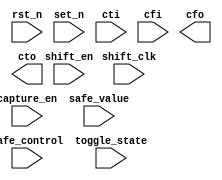
////////////////////////////////////////////////////////////////////////////////
//
//       This confidential and proprietary software may be used only
//     as authorized by a licensing agreement from Synopsys Inc.
//     In the event of publication, the following notice is applicable:
//
//                    (C) COPYRIGHT 2002 - 2016 SYNOPSYS INC.
//                           ALL RIGHTS RESERVED
//
//       The entire notice above must be reproduced on all authorized
//     copies.
//
//
// VERSION:   Verilog Simulation Model
//
// DesignWare_version: cd642ea0
// DesignWare_release: K-2015.06-DWBB_201506.5.2
//
////////////////////////////////////////////////////////////////////////////////
//---------------------------------------------------------------------------
//
// ABSTRACT:  Boundary Scan Cell Type WC_D1_S
//
//  Input Parameters:   value   Description
//  =========== 	====    ===========
//  rst_mode            0 to 3  0 - FFs have no set or reset
//                              1 - FFs with reset
//                              2 - FFs with set
//                              3 - FFs with both set and reset
//              
//
//  Input Ports:   	Size    Description
//  =========== 	====    ===========
//  shift_clk           1 bit   shift clock

//  rst_n               1 bit   active low reset
//  set_n               1 bit   sactive low set      
//  shift_en            1 bit   shift enable
//  capture_en          1 bit   Capture enable
//  safe_control        1 bit   Safe control
    
//  safe_value          1 bit   Safe value  
//  cfi                 1 bit    
//  cti                 1 bit    
//  
//  Output Ports    	Size    Description
//  ============	====    ===========
//  cfo                 1 bit
//  cto             	1 bit    
//              
//  New Inputs     	Size    Description
//  ==========  	====    ===========
//  toggle_state        1 bit
//              
//
//
// MODIFIED: 
//           RPH        01/20/2003
//                      STAR 159349. This cell was requested by Toshiba
//                      as an enhancement to the existing wrapper cells
//                      supported by core_wraper. Toshiba's reason for
//                      requesting this cell was due to an inability to
//                      test the cfi to cfo path in the old cell during
//                      test mode.
//
//	RJK	6/22/2011
//		Added new port as defined by DFT team
//
//      LMSU    02/03/2016 
//              Eliminated function calling from sequential always block in
//              order for NLP tool to correctly infer FFs
//---------------------------------------------------------------------------  
   
module DW_wc_d1_s (shift_clk, rst_n, set_n, shift_en, capture_en, safe_control, 
		   safe_value, cti, cfi, cfo, cto, toggle_state );
   parameter rst_mode = 0;
   
   input  shift_clk;

   input  rst_n;
   input  set_n;
   
   input  shift_en;
   input  capture_en;
   input  safe_control;
   input  safe_value;
   input  cti;
   input  cfi;
   
   output cfo;
   output cto;

   input toggle_state;

   // synopsys translate_off

   reg 	  temp_cto;
   wire	  temp_cfo;

   assign temp_cfo = (safe_control==1'b1)? (safe_value | (safe_value ^ safe_value)) :
			(capture_en==1'b1)? temp_cto : (cfi | (cfi ^ cfi));

   assign cto = temp_cto;
   assign cfo = temp_cfo;

   generate if (rst_mode==0) begin : GEN_RM_EQ_0
     always @(posedge shift_clk) begin : SHIFT_PROC
       if (shift_en === 1'b1)
         temp_cto <= (cti | (cti ^ cti));
       else if (shift_en === 1'b0)
         temp_cto <= temp_cfo ^ toggle_state;
       else
         temp_cto <= 1'bX;
     end // block: SHIFT_PROC
   end endgenerate

   generate if (rst_mode==1) begin : GEN_RM_EQ_1
     always @(posedge shift_clk or negedge rst_n) begin : SHIFT_PROC
       if (rst_n === 1'b0)
         temp_cto <= 1'b0;
       else begin
         if (shift_en === 1'b1)
           temp_cto <= (cti | (cti ^ cti));
         else if (shift_en === 1'b0)
           temp_cto <= temp_cfo ^ toggle_state;
         else
           temp_cto <= 1'bX;
       end
     end // block: SHIFT_PROC
   end endgenerate

   generate if (rst_mode==2) begin : GEN_RM_EQ_2
     always @(posedge shift_clk or negedge set_n) begin : SHIFT_PROC
       if (set_n === 1'b0)
         temp_cto <= 1'b1;
       else begin
         if (shift_en === 1'b1)
           temp_cto <= (cti | (cti ^ cti));
         else if (shift_en === 1'b0)
           temp_cto <= temp_cfo ^ toggle_state;
         else
           temp_cto <= 1'bX;
       end
     end // block: SHIFT_PROC
   end endgenerate

   generate if (rst_mode==3) begin : GEN_RM_EQ_3
     // chkSEQver-pragma allow_3_triggers
     always @(posedge shift_clk or negedge rst_n or negedge set_n) begin : SHIFT_PROC
       if (rst_n === 1'b0)
         temp_cto <= 1'b0;
       else if (set_n === 1'b0)
         temp_cto <= 1'b1;
       else begin
         if (shift_en === 1'b1)
           temp_cto <= (cti | (cti ^ cti));
         else if (shift_en === 1'b0)
           temp_cto <= temp_cfo ^ toggle_state;
         else
           temp_cto <= 1'bX;
       end
     end // block: SHIFT_PROC
   end endgenerate

  //---------------------------------------------------------------------------
  // Parameter legality check
  //---------------------------------------------------------------------------
  
 
  initial begin : parameter_check
    integer param_err_flg;

    param_err_flg = 0;
    
    
    if ( (rst_mode < 0) || (rst_mode > 3) ) begin
      param_err_flg = 1;
      $display(
	"ERROR: %m :\n  Invalid value (%d) for parameter rst_mode (legal range: 0 to 3)",
	rst_mode );
    end
  
    if ( param_err_flg == 1) begin
      $display(
        "%m :\n  Simulation aborted due to invalid parameter value(s)");
      $finish;
    end

  end // parameter_check 


  //---------------------------------------------------------------------------
  // Report unknown clock inputs
  //---------------------------------------------------------------------------
  
  always @ (shift_clk) begin : clk_monitor 
    if ( (shift_clk !== 1'b0) && (shift_clk !== 1'b1) && ($time > 0) )
      $display( "WARNING: %m :\n  at time = %t, detected unknown value, %b, on shift_clk input.",
                $time, shift_clk );
    end // clk_monitor   
   // synopsys translate_on 
   
endmodule // DW_wc_d1_s